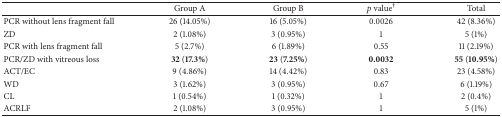
<table><thead><tr><td><b> </b></td><td><b>Group A</b></td><td><b>Group B</b></td><td><b><i>p</i> value<sup>†</sup></b></td><td><b>Total</b></td></tr></thead><tbody><tr><td>PCR without lens fragment fall</td><td>26 (14.05%)</td><td>16 (5.05%)</td><td>0.0026</td><td>42 (8.36%)</td></tr><tr><td>ZD</td><td>2 (1.08%)</td><td>3 (0.95%)</td><td>1</td><td>5 (1%)</td></tr><tr><td>PCR with lens fragment fall</td><td>5 (2.7%)</td><td>6 (1.89%)</td><td>0.55</td><td>11 (2.19%)</td></tr><tr><td>PCR/ZD with vitreous loss</td><td><b>32</b> (<b>17.3%</b>)</td><td><b>23</b> (<b>7.25%</b>)</td><td><b>0.0032</b></td><td><b>55</b> (<b>10.95%</b>)</td></tr><tr><td>ACT/EC</td><td>9 (4.86%)</td><td>14 (4.42%)</td><td>0.83</td><td>23 (4.58%)</td></tr><tr><td>WD</td><td>3 (1.62%)</td><td>3 (0.95%)</td><td>0.67</td><td>6 (1.19%)</td></tr><tr><td>CL</td><td>1 (0.54%)</td><td>1 (0.32%)</td><td>1</td><td>2 (0.4%)</td></tr><tr><td>ACRLF</td><td>2 (1.08%)</td><td>3 (0.95%)</td><td>1</td><td>5 (1%)</td></tr></tbody></table>